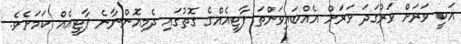
އަކީ ވަރަށް ވަރުގަދަ ވަރަށް އެއްބައިވަންތަ ޕާޓީއެއްގެ ގޮތުގައި ދެމިއޮންނާނެ ޕާޓީއެއް ކަމަށެވެ.